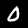
Digit: 0